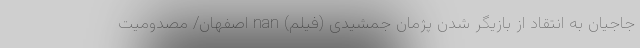
جاجیان به انتقاد از بازیگر شدن پژمان جمشیدی (فیلم) nan اصفهان/ مصدومیت